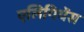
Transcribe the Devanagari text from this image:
एलिगियेंस